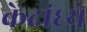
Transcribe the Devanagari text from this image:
केंद्रांध्ये